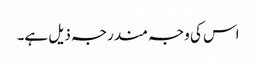
اس کی وجہ مندرجہ ذیل ہے۔